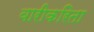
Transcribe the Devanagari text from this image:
वारीकरिता